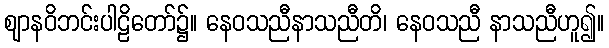
ဈာနဝိဘင်းပါဠိတော်၌။ နေဝသညီနာသညီတိ၊ နေဝသညီ နာသညီဟူ၍။